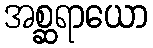
အစ္ဆရာယော